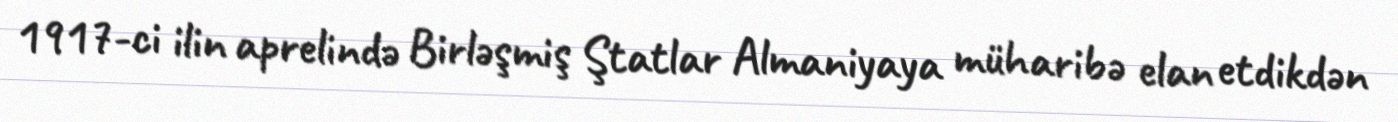
1917-ci ilin aprelində Birləşmiş Ştatlar Almaniyaya müharibə elan etdikdən